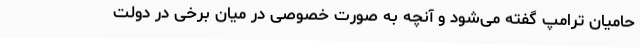
حامیان ترامپ گفته می‌شود و آنچه به صورت خصوصی در میان برخی در دولت